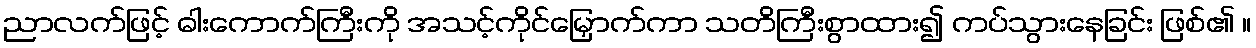
ညာလက်ဖြင့် ဓါးကောက်ကြီးကို အသင့်ကိုင်မြှောက်ကာ သတိကြီးစွာထား၍ ကပ်သွားနေခြင်း ဖြစ်၏ ။